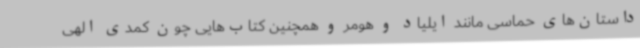
داستان‌های حماسی مانند ایلیاد و هومر و همچنین کتاب‌هایی چون کمدی الهی